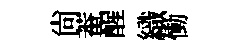
尚菴醒織慟